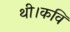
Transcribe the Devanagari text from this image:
थी।कवि